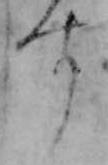
す